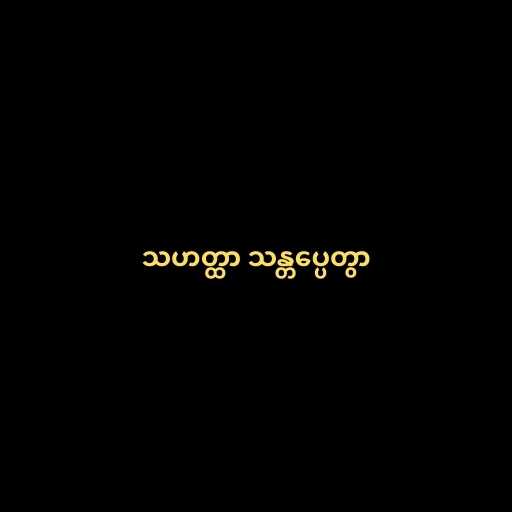
သဟတ္ထာ သန္တပ္ပေတွာ